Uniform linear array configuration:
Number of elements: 16
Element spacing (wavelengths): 1
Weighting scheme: exponential
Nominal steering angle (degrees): -15
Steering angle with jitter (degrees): -14.612
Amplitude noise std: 0.05
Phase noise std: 0.05

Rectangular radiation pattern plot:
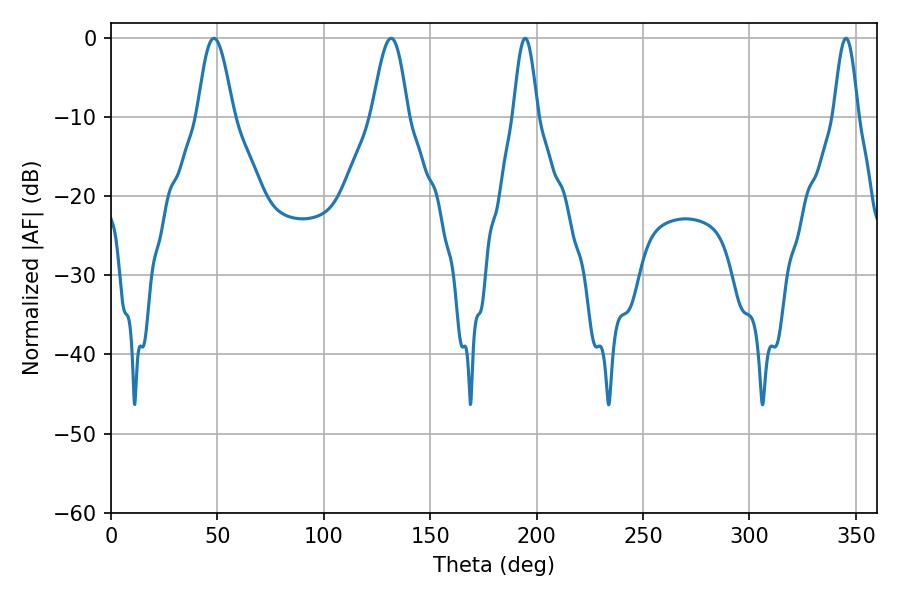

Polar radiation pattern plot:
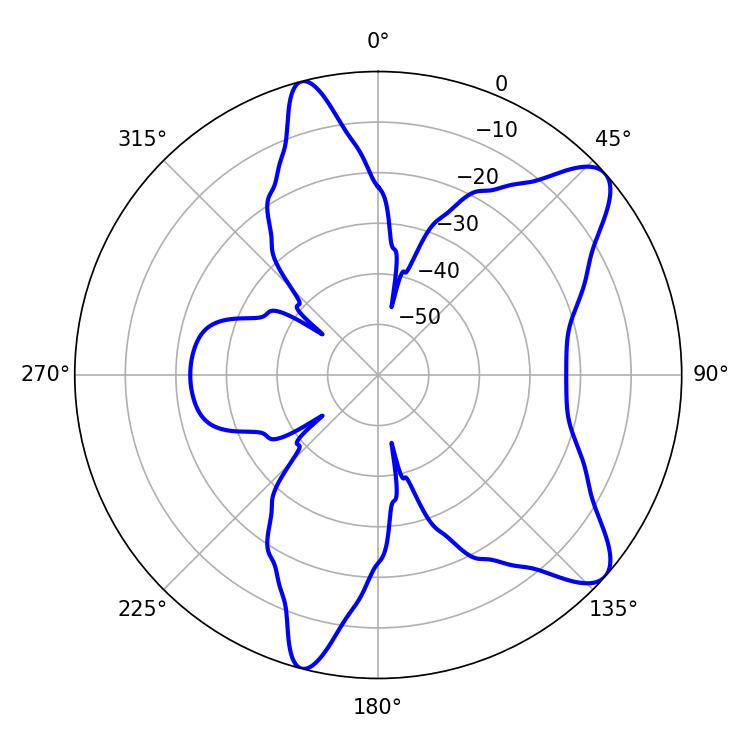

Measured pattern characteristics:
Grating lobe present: TRUE
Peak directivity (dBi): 9.602
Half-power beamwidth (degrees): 9
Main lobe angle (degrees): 48.42